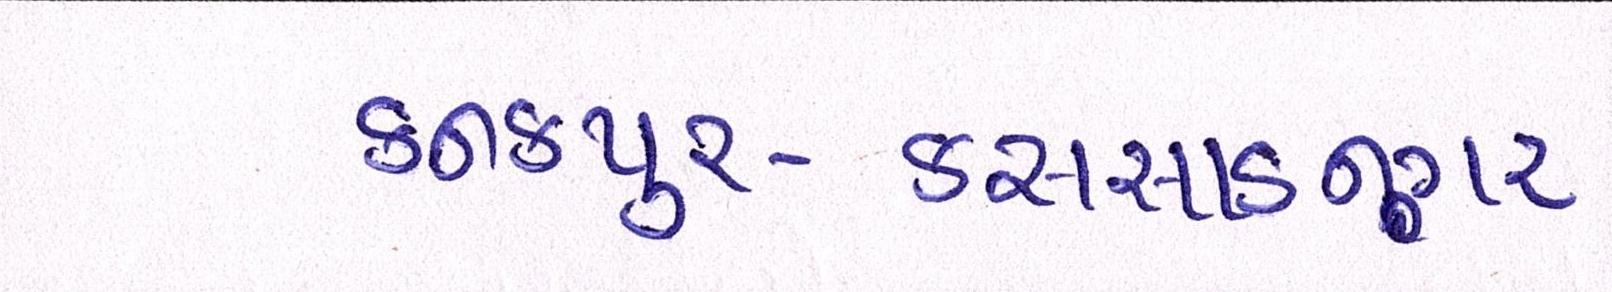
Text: કનકપુર-કનસાડનગર